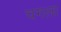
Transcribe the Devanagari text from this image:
चगला